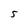
Character: 5